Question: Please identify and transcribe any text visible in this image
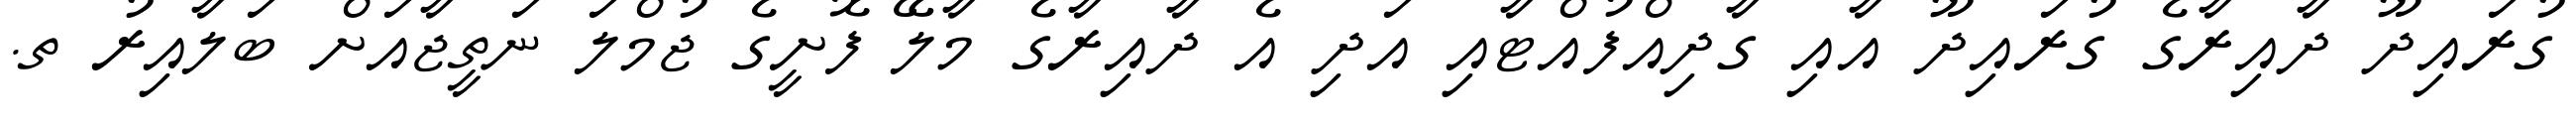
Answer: ގުރައިދޫ ދާއިރާގެ ގުރައިދޫ އާއި ގާދިއްފުއްޓާއި އަދި އެ ދާއިރާގެ މާލޭ ފޮށީގެ ޖުމްލަ ނަތީޖާއަށް ބަލާއިރު ތ.